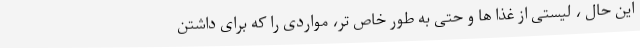
این حال ، لیستی از غذا ها و حتی به طور خاص تر، مواردی را که برای داشتن